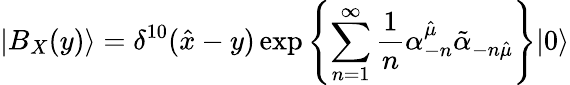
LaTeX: |B_{X}(y)\rangle=\delta^{10}({\hat{x}}-y)\exp\left\{ {\sum_{n=1}^{\infty}{\frac{1}{n}}\alpha_{-n}^{\hat{\mu}}{\tilde{\alpha}}_{-n{\hat{\mu}}}}\right\} |0\rangle